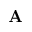
\mathbf { A }